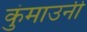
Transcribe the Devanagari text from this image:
कुंमाउनी